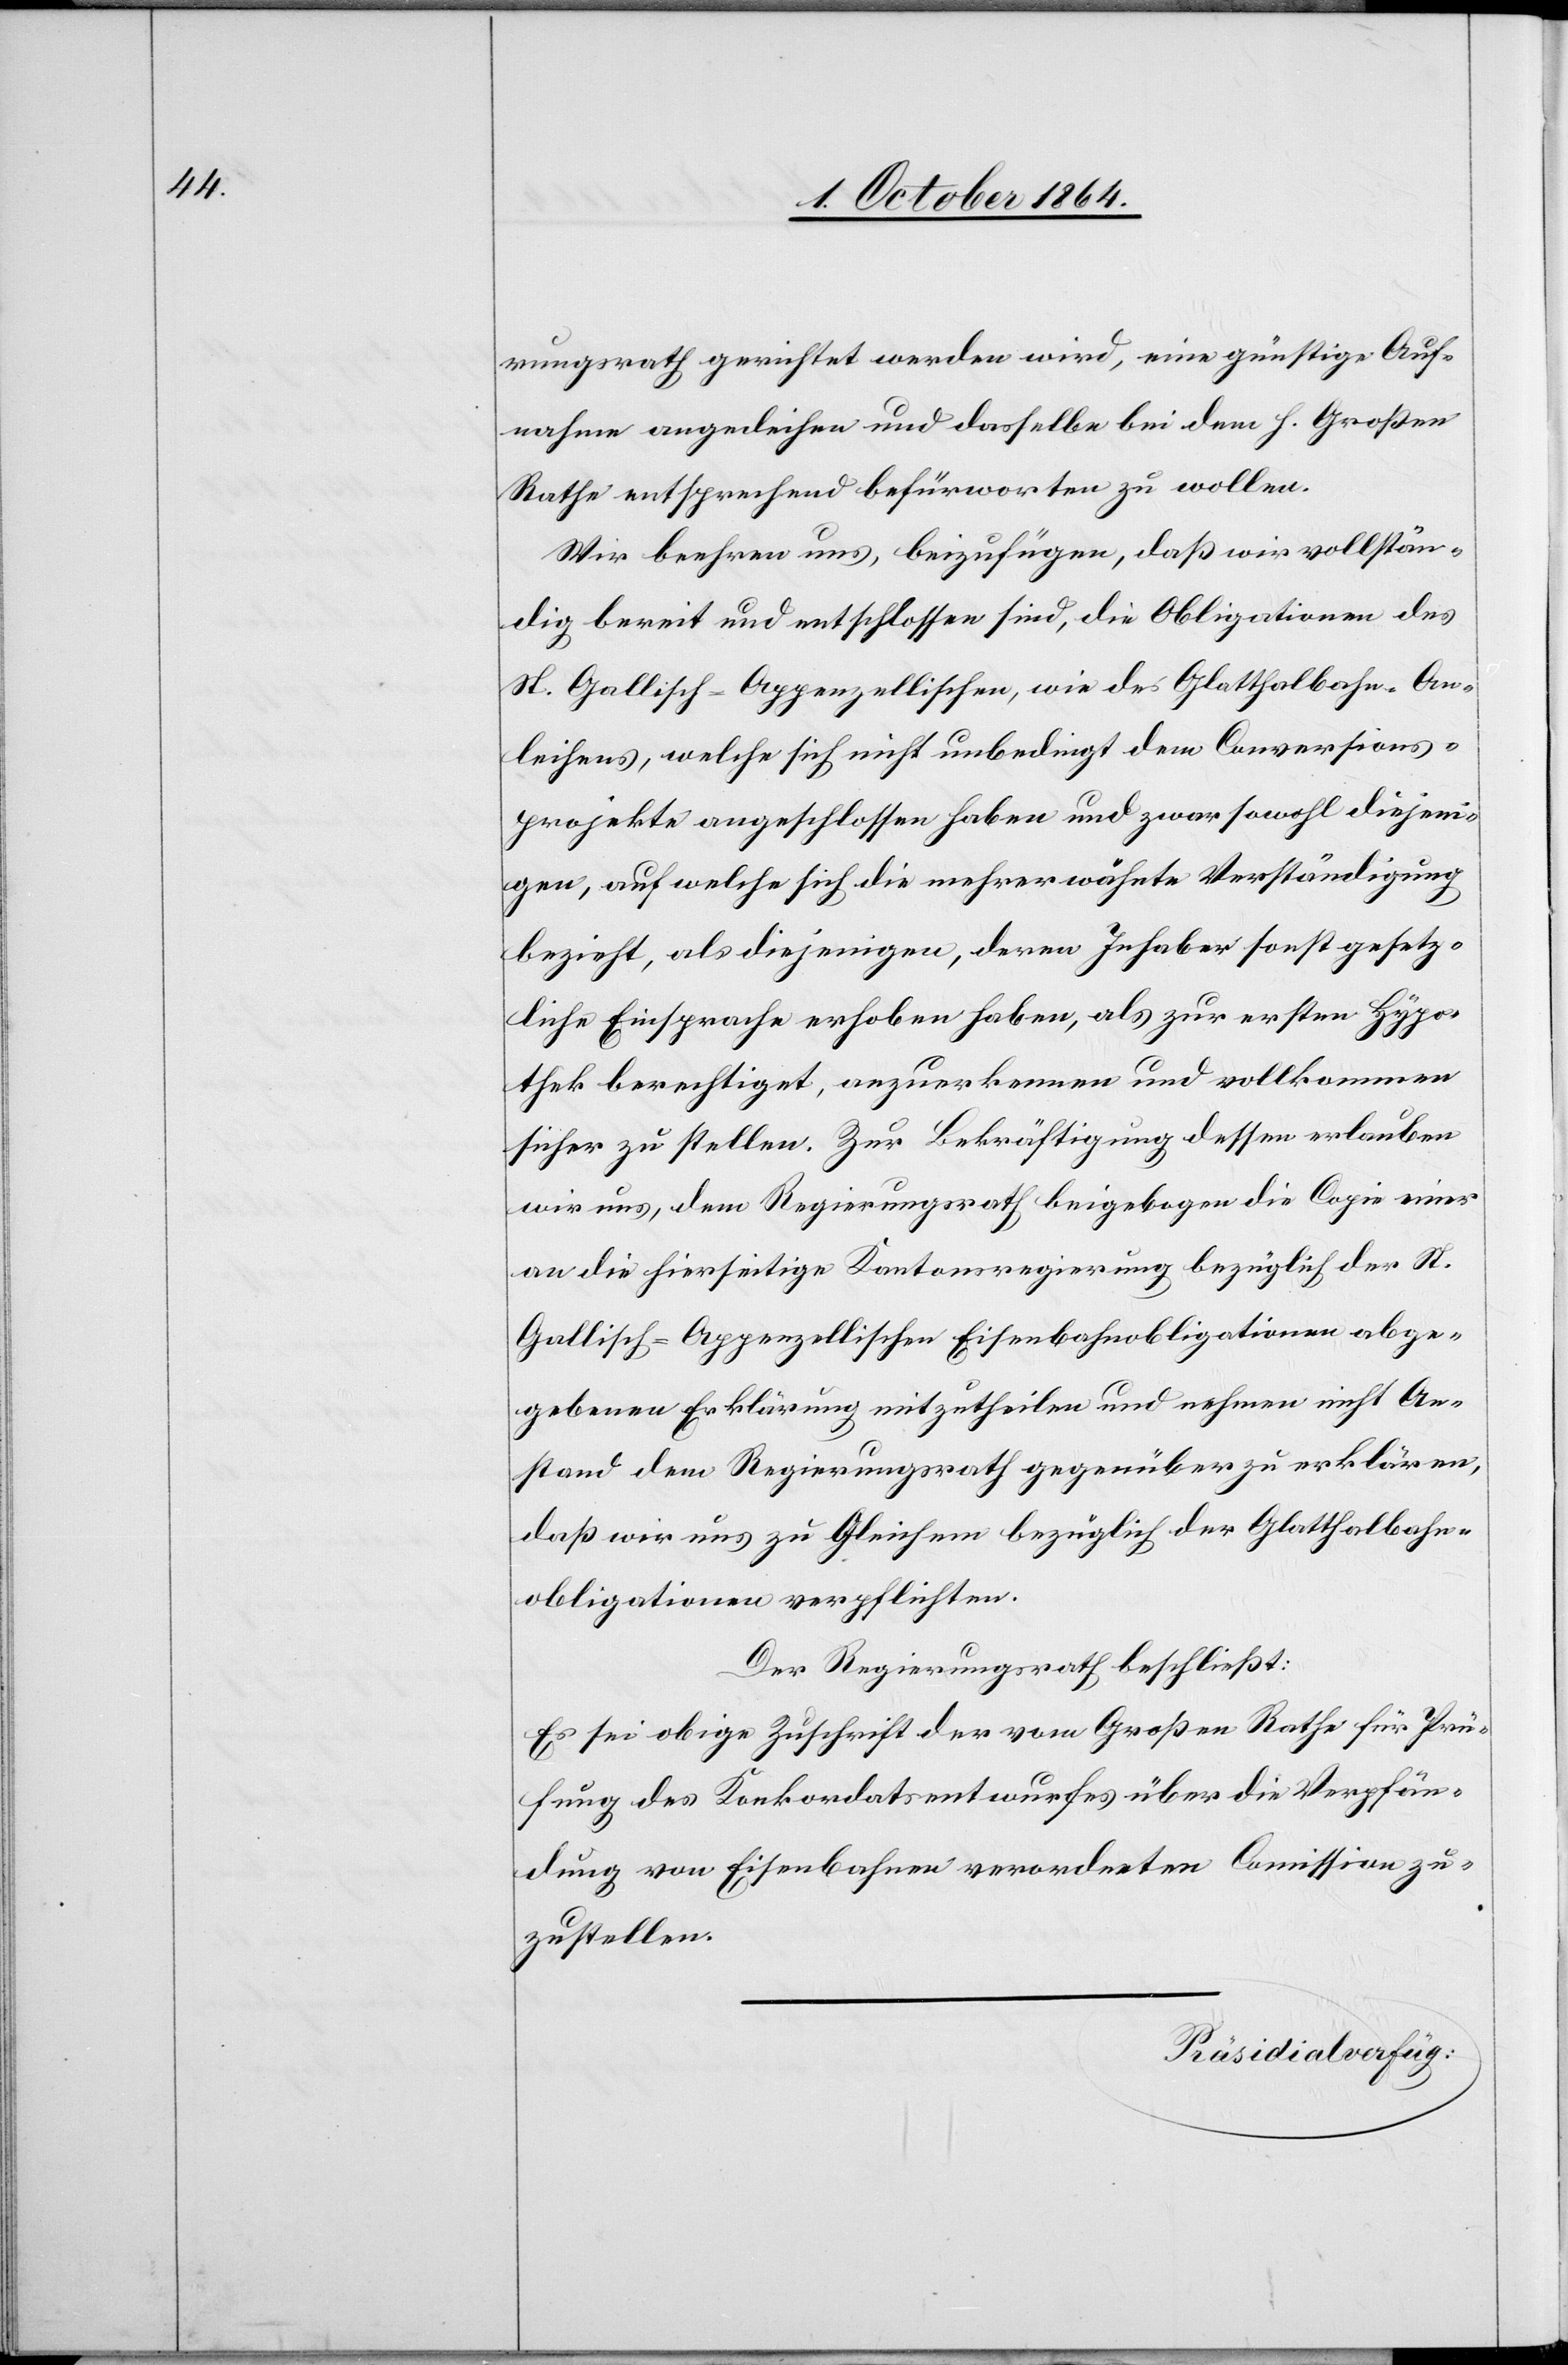
rungsrath gerichtet werden wird, eine günstige Auf¬
nahme angedeihen und dasselbe bei dem h. Großen
Rathe entsprechen befürworten zu wollen.
Wir beehren uns, beizufügen, daß wir vollstän¬
dig bereit und entschlossen sind, die Obligationen des
St. Gallisch-Appenzellischen, wie des Glatthalbahn-An¬
leihens, welche sich nicht unbedingt dem Conversions¬
projekte angeschlossen haben und zwar sowohl diejeni¬
gen, auf welche sich die mehrerwähnte Verständigung
bezieht, als diejenigen, deren Inhaber sonst gesetz¬
liche Einsprache erhoben haben, als zur ersten Hypo¬
thek berechtigt, anzuerkennen und vollkommen
sicher zu stellen. Zur Bekräftigung dessen erlauben
wir uns, dem Regierungsrath beigebogen die Copie einer
an die hierseitige Kantonsregierung bezüglich der St.
Gallisch-Appenzellischen Eisenbahnobligationen abge¬
gebenen Erklärung mitzutheilen und nehmen nicht An¬
stand dem Regierungsrath gegenüber zu erklären,
daß wir uns zu Gleichem bezüglich der Glatthalbahn¬
obligationen verpflichten.“
Der Regierungsrath beschließt:
Es sei obige Zuschrift der vom Großen Rathe für Prü¬
fung des Konkordatsentwurfes über die Verpfän¬
dung von Eisenbahnen verordneten Commission zu¬
zustellen.